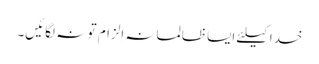
خدا کیلئے ایسا ظالمانہ اِلزام تو نہ لگائیں۔